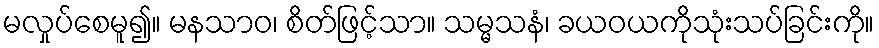
မလှုပ်စေမူ၍။ မနသာဝ၊ စိတ်ဖြင့်သာ။ သမ္မသနံ၊ ခယဝယကိုသုံးသပ်ခြင်းကို။